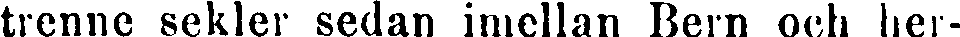
trenne sekler sedan imellan Bern och her-